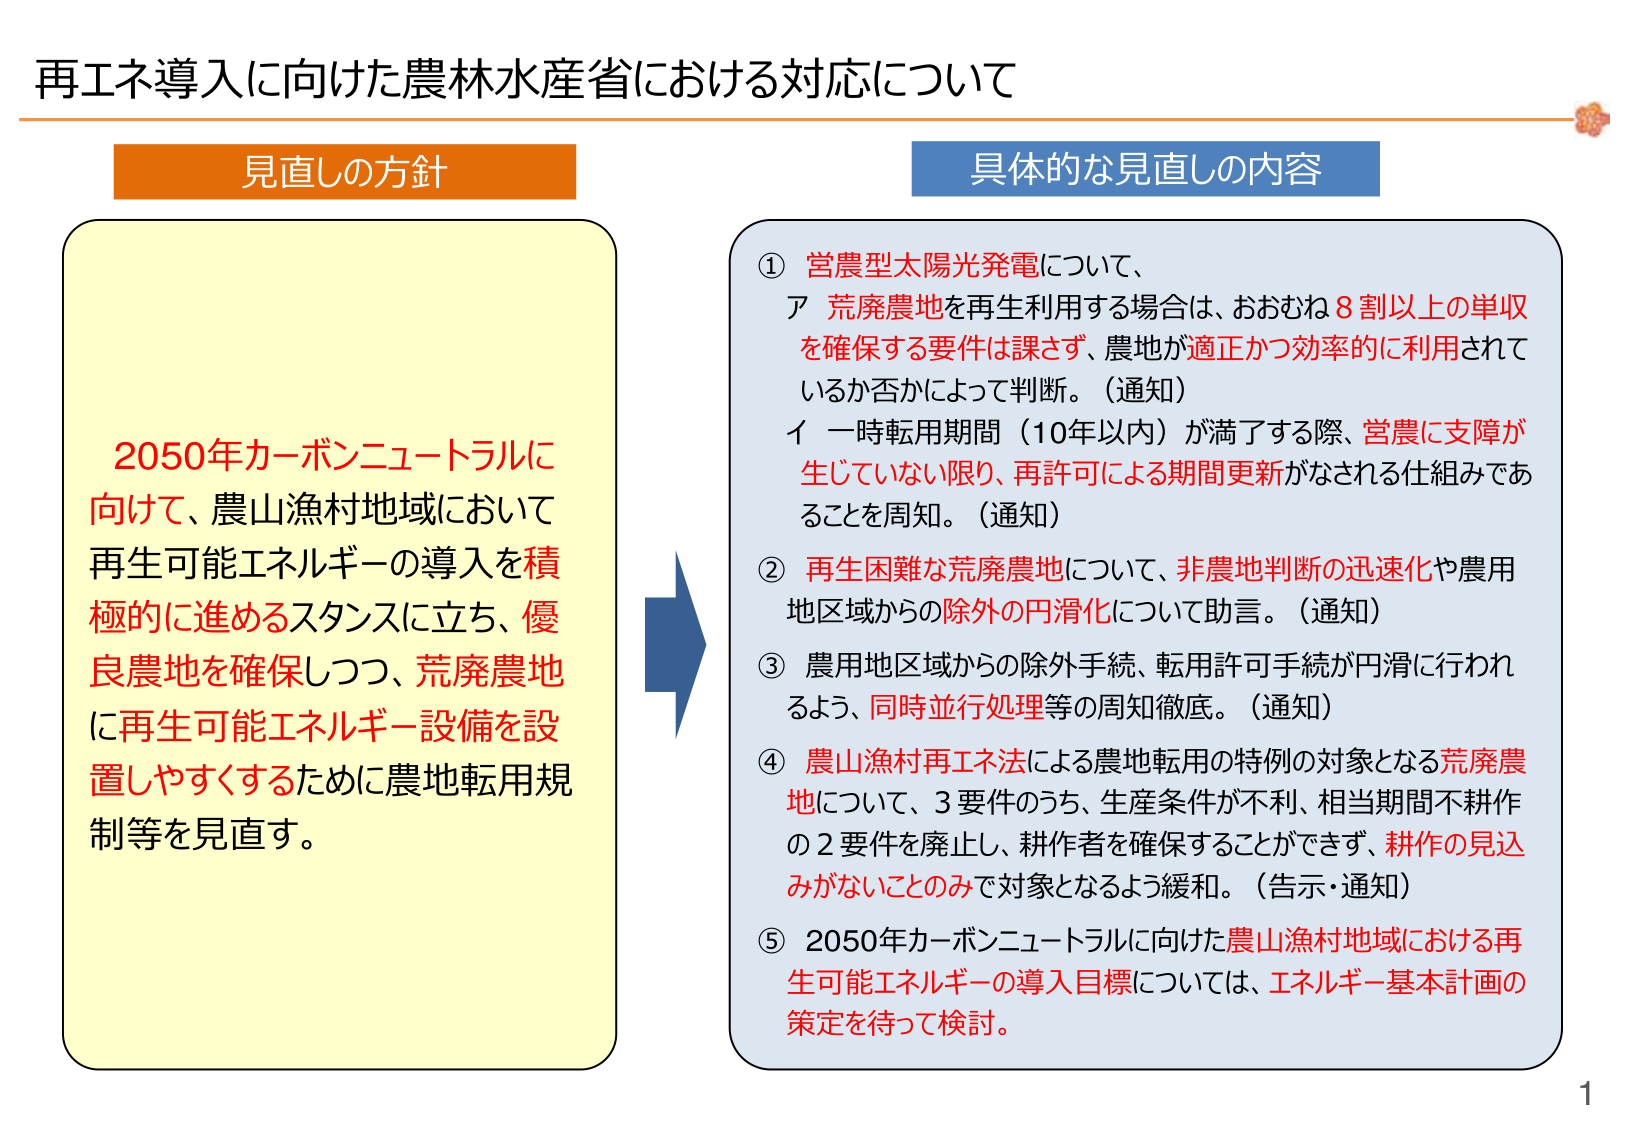
再エネ導入に向けた農林水産省における対応について

見直しの方針

2050年カーボンニュートラルに
向けて、農山漁村地域において
再生可能エネルギーの導入を積極的に進めるスタンスに立ち、優良農地を確保しつつ、荒廃農地に再生可能エネルギー設備を設置しやすくするために農地転用規制等を見直す。

具体的な見直しの内容

① 営農型太陽光発電について、
ア 荒廃農地を再生利用する場合は、おおむね8割以上の単収を確保する要件は課さず、農地が適正かつ効率的に利用されているか否かによって判断。（通知）
イ 一時転用期間（10年以内）が満了する際、営農に支障が生じていない限り、再許可による期間更新がなされる仕組みであることを周知。（通知）

② 再生困難な荒廃農地について、非農地判断の迅速化や農用地区域からの除外の円滑化について助言。（通知）

③ 農用地区域からの除外手続、転用許可手続が円滑に行われるよう、同時並行処理等の周知徹底。（通知）

④ 農山漁村再エネ法による農地転用の特例の対象となる荒廃農地について、3要件のうち、生産条件が不利、相当期間不耕作の2要件を廃止し、耕作者を確保することができず、耕作の見込みがないことのみで対象となるよう緩和。（告示・通知）

⑤ 2050年カーボンニュートラルに向けた農山漁村地域における再生可能エネルギーの導入目標については、エネルギー基本計画の策定を待って検討。

1